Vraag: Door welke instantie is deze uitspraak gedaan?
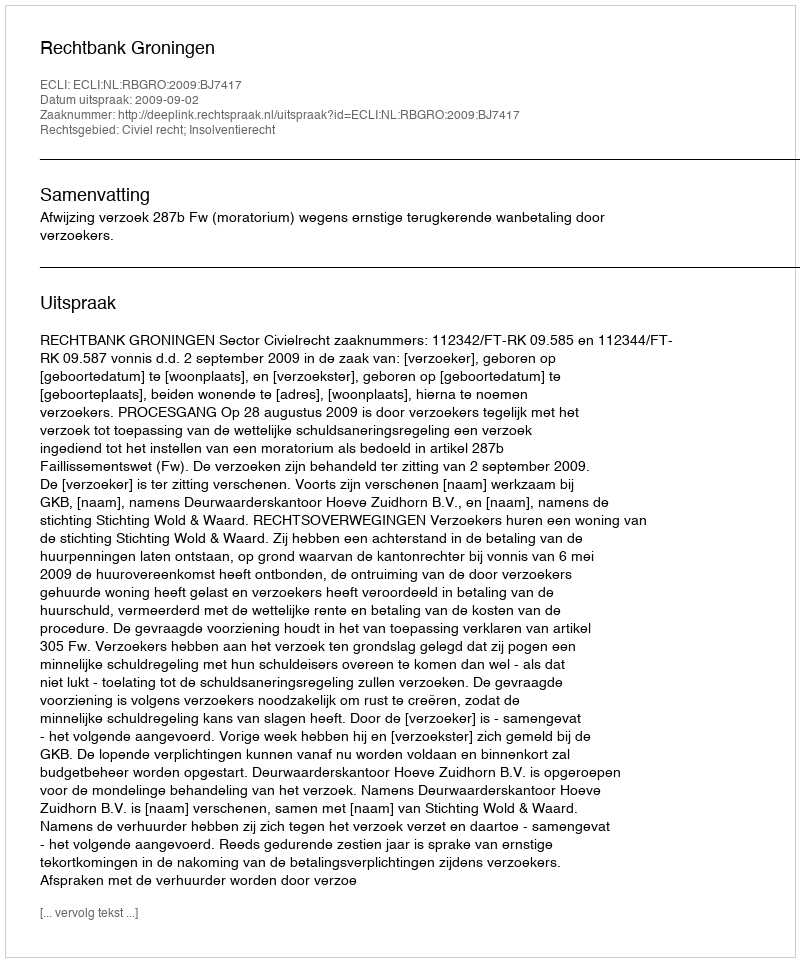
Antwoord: Rechtbank Groningen